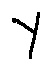
y